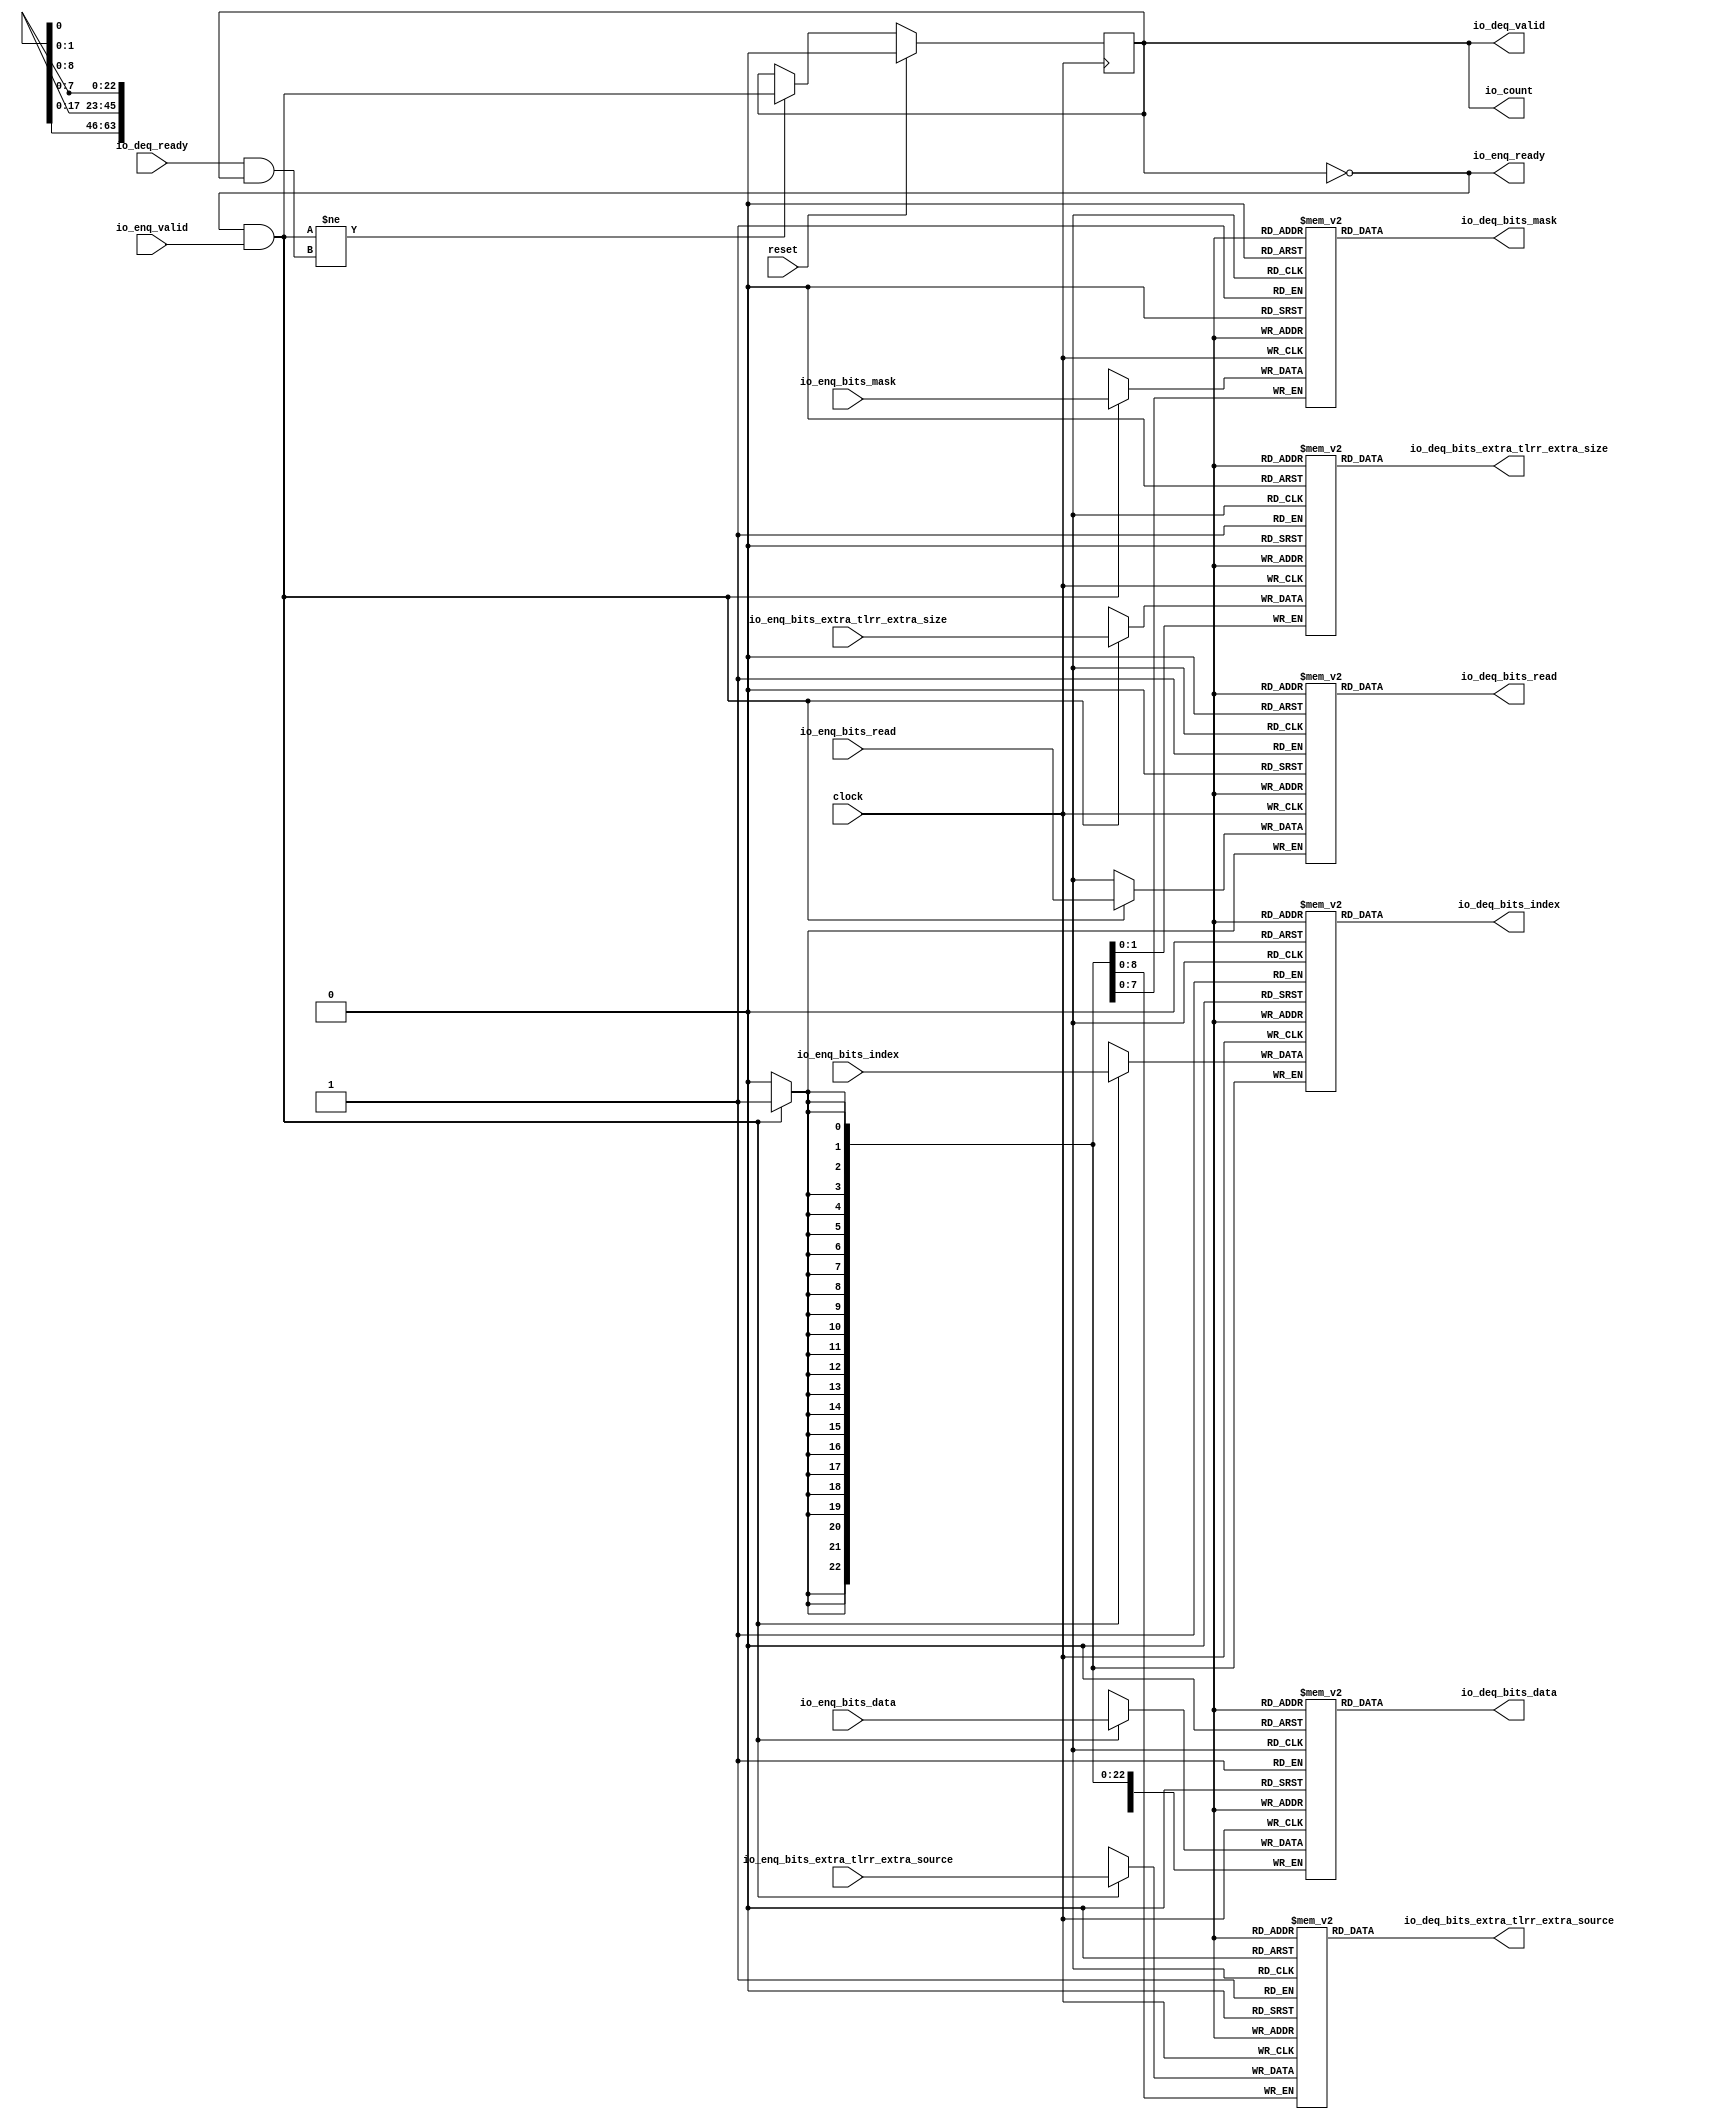
module Queue_30(
  input         clock,
  input         reset,
  output        io_enq_ready,
  input         io_enq_valid,
  input         io_enq_bits_read,
  input  [22:0] io_enq_bits_index,
  input  [63:0] io_enq_bits_data,
  input  [7:0]  io_enq_bits_mask,
  input  [8:0]  io_enq_bits_extra_tlrr_extra_source,
  input  [1:0]  io_enq_bits_extra_tlrr_extra_size,
  input         io_deq_ready,
  output        io_deq_valid,
  output        io_deq_bits_read,
  output [22:0] io_deq_bits_index,
  output [63:0] io_deq_bits_data,
  output [7:0]  io_deq_bits_mask,
  output [8:0]  io_deq_bits_extra_tlrr_extra_source,
  output [1:0]  io_deq_bits_extra_tlrr_extra_size,
  output        io_count
);
`ifdef RANDOMIZE_MEM_INIT
  reg [31:0] _RAND_0;
  reg [31:0] _RAND_1;
  reg [63:0] _RAND_2;
  reg [31:0] _RAND_3;
  reg [31:0] _RAND_4;
  reg [31:0] _RAND_5;
`endif // RANDOMIZE_MEM_INIT
`ifdef RANDOMIZE_REG_INIT
  reg [31:0] _RAND_6;
`endif // RANDOMIZE_REG_INIT
  reg  ram_read [0:0]; // @[Decoupled.scala 218:16]
  wire  ram_read_io_deq_bits_MPORT_data; // @[Decoupled.scala 218:16]
  wire  ram_read_io_deq_bits_MPORT_addr; // @[Decoupled.scala 218:16]
  wire  ram_read_MPORT_data; // @[Decoupled.scala 218:16]
  wire  ram_read_MPORT_addr; // @[Decoupled.scala 218:16]
  wire  ram_read_MPORT_mask; // @[Decoupled.scala 218:16]
  wire  ram_read_MPORT_en; // @[Decoupled.scala 218:16]
  reg [22:0] ram_index [0:0]; // @[Decoupled.scala 218:16]
  wire [22:0] ram_index_io_deq_bits_MPORT_data; // @[Decoupled.scala 218:16]
  wire  ram_index_io_deq_bits_MPORT_addr; // @[Decoupled.scala 218:16]
  wire [22:0] ram_index_MPORT_data; // @[Decoupled.scala 218:16]
  wire  ram_index_MPORT_addr; // @[Decoupled.scala 218:16]
  wire  ram_index_MPORT_mask; // @[Decoupled.scala 218:16]
  wire  ram_index_MPORT_en; // @[Decoupled.scala 218:16]
  reg [63:0] ram_data [0:0]; // @[Decoupled.scala 218:16]
  wire [63:0] ram_data_io_deq_bits_MPORT_data; // @[Decoupled.scala 218:16]
  wire  ram_data_io_deq_bits_MPORT_addr; // @[Decoupled.scala 218:16]
  wire [63:0] ram_data_MPORT_data; // @[Decoupled.scala 218:16]
  wire  ram_data_MPORT_addr; // @[Decoupled.scala 218:16]
  wire  ram_data_MPORT_mask; // @[Decoupled.scala 218:16]
  wire  ram_data_MPORT_en; // @[Decoupled.scala 218:16]
  reg [7:0] ram_mask [0:0]; // @[Decoupled.scala 218:16]
  wire [7:0] ram_mask_io_deq_bits_MPORT_data; // @[Decoupled.scala 218:16]
  wire  ram_mask_io_deq_bits_MPORT_addr; // @[Decoupled.scala 218:16]
  wire [7:0] ram_mask_MPORT_data; // @[Decoupled.scala 218:16]
  wire  ram_mask_MPORT_addr; // @[Decoupled.scala 218:16]
  wire  ram_mask_MPORT_mask; // @[Decoupled.scala 218:16]
  wire  ram_mask_MPORT_en; // @[Decoupled.scala 218:16]
  reg [8:0] ram_extra_tlrr_extra_source [0:0]; // @[Decoupled.scala 218:16]
  wire [8:0] ram_extra_tlrr_extra_source_io_deq_bits_MPORT_data; // @[Decoupled.scala 218:16]
  wire  ram_extra_tlrr_extra_source_io_deq_bits_MPORT_addr; // @[Decoupled.scala 218:16]
  wire [8:0] ram_extra_tlrr_extra_source_MPORT_data; // @[Decoupled.scala 218:16]
  wire  ram_extra_tlrr_extra_source_MPORT_addr; // @[Decoupled.scala 218:16]
  wire  ram_extra_tlrr_extra_source_MPORT_mask; // @[Decoupled.scala 218:16]
  wire  ram_extra_tlrr_extra_source_MPORT_en; // @[Decoupled.scala 218:16]
  reg [1:0] ram_extra_tlrr_extra_size [0:0]; // @[Decoupled.scala 218:16]
  wire [1:0] ram_extra_tlrr_extra_size_io_deq_bits_MPORT_data; // @[Decoupled.scala 218:16]
  wire  ram_extra_tlrr_extra_size_io_deq_bits_MPORT_addr; // @[Decoupled.scala 218:16]
  wire [1:0] ram_extra_tlrr_extra_size_MPORT_data; // @[Decoupled.scala 218:16]
  wire  ram_extra_tlrr_extra_size_MPORT_addr; // @[Decoupled.scala 218:16]
  wire  ram_extra_tlrr_extra_size_MPORT_mask; // @[Decoupled.scala 218:16]
  wire  ram_extra_tlrr_extra_size_MPORT_en; // @[Decoupled.scala 218:16]
  reg  maybe_full; // @[Decoupled.scala 221:27]
  wire  empty = ~maybe_full; // @[Decoupled.scala 224:28]
  wire  do_enq = io_enq_ready & io_enq_valid; // @[Decoupled.scala 40:37]
  wire  do_deq = io_deq_ready & io_deq_valid; // @[Decoupled.scala 40:37]
  assign ram_read_io_deq_bits_MPORT_addr = 1'h0;
  assign ram_read_io_deq_bits_MPORT_data = ram_read[ram_read_io_deq_bits_MPORT_addr]; // @[Decoupled.scala 218:16]
  assign ram_read_MPORT_data = io_enq_bits_read;
  assign ram_read_MPORT_addr = 1'h0;
  assign ram_read_MPORT_mask = 1'h1;
  assign ram_read_MPORT_en = io_enq_ready & io_enq_valid;
  assign ram_index_io_deq_bits_MPORT_addr = 1'h0;
  assign ram_index_io_deq_bits_MPORT_data = ram_index[ram_index_io_deq_bits_MPORT_addr]; // @[Decoupled.scala 218:16]
  assign ram_index_MPORT_data = io_enq_bits_index;
  assign ram_index_MPORT_addr = 1'h0;
  assign ram_index_MPORT_mask = 1'h1;
  assign ram_index_MPORT_en = io_enq_ready & io_enq_valid;
  assign ram_data_io_deq_bits_MPORT_addr = 1'h0;
  assign ram_data_io_deq_bits_MPORT_data = ram_data[ram_data_io_deq_bits_MPORT_addr]; // @[Decoupled.scala 218:16]
  assign ram_data_MPORT_data = io_enq_bits_data;
  assign ram_data_MPORT_addr = 1'h0;
  assign ram_data_MPORT_mask = 1'h1;
  assign ram_data_MPORT_en = io_enq_ready & io_enq_valid;
  assign ram_mask_io_deq_bits_MPORT_addr = 1'h0;
  assign ram_mask_io_deq_bits_MPORT_data = ram_mask[ram_mask_io_deq_bits_MPORT_addr]; // @[Decoupled.scala 218:16]
  assign ram_mask_MPORT_data = io_enq_bits_mask;
  assign ram_mask_MPORT_addr = 1'h0;
  assign ram_mask_MPORT_mask = 1'h1;
  assign ram_mask_MPORT_en = io_enq_ready & io_enq_valid;
  assign ram_extra_tlrr_extra_source_io_deq_bits_MPORT_addr = 1'h0;
  assign ram_extra_tlrr_extra_source_io_deq_bits_MPORT_data =
    ram_extra_tlrr_extra_source[ram_extra_tlrr_extra_source_io_deq_bits_MPORT_addr]; // @[Decoupled.scala 218:16]
  assign ram_extra_tlrr_extra_source_MPORT_data = io_enq_bits_extra_tlrr_extra_source;
  assign ram_extra_tlrr_extra_source_MPORT_addr = 1'h0;
  assign ram_extra_tlrr_extra_source_MPORT_mask = 1'h1;
  assign ram_extra_tlrr_extra_source_MPORT_en = io_enq_ready & io_enq_valid;
  assign ram_extra_tlrr_extra_size_io_deq_bits_MPORT_addr = 1'h0;
  assign ram_extra_tlrr_extra_size_io_deq_bits_MPORT_data =
    ram_extra_tlrr_extra_size[ram_extra_tlrr_extra_size_io_deq_bits_MPORT_addr]; // @[Decoupled.scala 218:16]
  assign ram_extra_tlrr_extra_size_MPORT_data = io_enq_bits_extra_tlrr_extra_size;
  assign ram_extra_tlrr_extra_size_MPORT_addr = 1'h0;
  assign ram_extra_tlrr_extra_size_MPORT_mask = 1'h1;
  assign ram_extra_tlrr_extra_size_MPORT_en = io_enq_ready & io_enq_valid;
  assign io_enq_ready = ~maybe_full; // @[Decoupled.scala 241:19]
  assign io_deq_valid = ~empty; // @[Decoupled.scala 240:19]
  assign io_deq_bits_read = ram_read_io_deq_bits_MPORT_data; // @[Decoupled.scala 242:15]
  assign io_deq_bits_index = ram_index_io_deq_bits_MPORT_data; // @[Decoupled.scala 242:15]
  assign io_deq_bits_data = ram_data_io_deq_bits_MPORT_data; // @[Decoupled.scala 242:15]
  assign io_deq_bits_mask = ram_mask_io_deq_bits_MPORT_data; // @[Decoupled.scala 242:15]
  assign io_deq_bits_extra_tlrr_extra_source = ram_extra_tlrr_extra_source_io_deq_bits_MPORT_data; // @[Decoupled.scala 242:15]
  assign io_deq_bits_extra_tlrr_extra_size = ram_extra_tlrr_extra_size_io_deq_bits_MPORT_data; // @[Decoupled.scala 242:15]
  assign io_count = maybe_full; // @[Decoupled.scala 259:62]
  always @(posedge clock) begin
    if(ram_read_MPORT_en & ram_read_MPORT_mask) begin
      ram_read[ram_read_MPORT_addr] <= ram_read_MPORT_data; // @[Decoupled.scala 218:16]
    end
    if(ram_index_MPORT_en & ram_index_MPORT_mask) begin
      ram_index[ram_index_MPORT_addr] <= ram_index_MPORT_data; // @[Decoupled.scala 218:16]
    end
    if(ram_data_MPORT_en & ram_data_MPORT_mask) begin
      ram_data[ram_data_MPORT_addr] <= ram_data_MPORT_data; // @[Decoupled.scala 218:16]
    end
    if(ram_mask_MPORT_en & ram_mask_MPORT_mask) begin
      ram_mask[ram_mask_MPORT_addr] <= ram_mask_MPORT_data; // @[Decoupled.scala 218:16]
    end
    if(ram_extra_tlrr_extra_source_MPORT_en & ram_extra_tlrr_extra_source_MPORT_mask) begin
      ram_extra_tlrr_extra_source[ram_extra_tlrr_extra_source_MPORT_addr] <= ram_extra_tlrr_extra_source_MPORT_data; // @[Decoupled.scala 218:16]
    end
    if(ram_extra_tlrr_extra_size_MPORT_en & ram_extra_tlrr_extra_size_MPORT_mask) begin
      ram_extra_tlrr_extra_size[ram_extra_tlrr_extra_size_MPORT_addr] <= ram_extra_tlrr_extra_size_MPORT_data; // @[Decoupled.scala 218:16]
    end
    if (reset) begin // @[Decoupled.scala 221:27]
      maybe_full <= 1'h0; // @[Decoupled.scala 221:27]
    end else if (do_enq != do_deq) begin // @[Decoupled.scala 236:28]
      maybe_full <= do_enq; // @[Decoupled.scala 237:16]
    end
  end
// Register and memory initialization
`ifdef RANDOMIZE_GARBAGE_ASSIGN
`define RANDOMIZE
`endif
`ifdef RANDOMIZE_INVALID_ASSIGN
`define RANDOMIZE
`endif
`ifdef RANDOMIZE_REG_INIT
`define RANDOMIZE
`endif
`ifdef RANDOMIZE_MEM_INIT
`define RANDOMIZE
`endif
`ifndef RANDOM
`define RANDOM $random
`endif
`ifdef RANDOMIZE_MEM_INIT
  integer initvar;
`endif
`ifndef SYNTHESIS
`ifdef FIRRTL_BEFORE_INITIAL
`FIRRTL_BEFORE_INITIAL
`endif
initial begin
  `ifdef RANDOMIZE
    `ifdef INIT_RANDOM
      `INIT_RANDOM
    `endif
    `ifndef VERILATOR
      `ifdef RANDOMIZE_DELAY
        #`RANDOMIZE_DELAY begin end
      `else
        #0.002 begin end
      `endif
    `endif
`ifdef RANDOMIZE_MEM_INIT
  _RAND_0 = {1{`RANDOM}};
  for (initvar = 0; initvar < 1; initvar = initvar+1)
    ram_read[initvar] = _RAND_0[0:0];
  _RAND_1 = {1{`RANDOM}};
  for (initvar = 0; initvar < 1; initvar = initvar+1)
    ram_index[initvar] = _RAND_1[22:0];
  _RAND_2 = {2{`RANDOM}};
  for (initvar = 0; initvar < 1; initvar = initvar+1)
    ram_data[initvar] = _RAND_2[63:0];
  _RAND_3 = {1{`RANDOM}};
  for (initvar = 0; initvar < 1; initvar = initvar+1)
    ram_mask[initvar] = _RAND_3[7:0];
  _RAND_4 = {1{`RANDOM}};
  for (initvar = 0; initvar < 1; initvar = initvar+1)
    ram_extra_tlrr_extra_source[initvar] = _RAND_4[8:0];
  _RAND_5 = {1{`RANDOM}};
  for (initvar = 0; initvar < 1; initvar = initvar+1)
    ram_extra_tlrr_extra_size[initvar] = _RAND_5[1:0];
`endif // RANDOMIZE_MEM_INIT
`ifdef RANDOMIZE_REG_INIT
  _RAND_6 = {1{`RANDOM}};
  maybe_full = _RAND_6[0:0];
`endif // RANDOMIZE_REG_INIT
  `endif // RANDOMIZE
end // initial
`ifdef FIRRTL_AFTER_INITIAL
`FIRRTL_AFTER_INITIAL
`endif
`endif // SYNTHESIS
endmodule